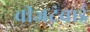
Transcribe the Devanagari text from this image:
वीजटंचाई